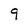
Character: 9